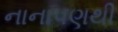
નાનાપણથી